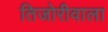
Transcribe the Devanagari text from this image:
तिजोरीवाला